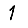
Digit: 1